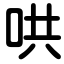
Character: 哄